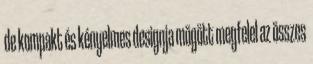
de kompakt és kényelmes designja mögött megfelel az összes